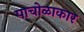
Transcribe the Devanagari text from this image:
पाचोळाकार